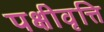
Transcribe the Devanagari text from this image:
पक्षीवृत्ति